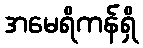
အမေရိကန်ရှိ